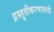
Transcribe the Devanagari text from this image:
प्रस्तुतीकरणासाठी